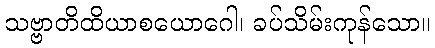
သဗ္ဗာတိထိယာစယောဂေါ၊ ခပ်သိမ်းကုန်သော။